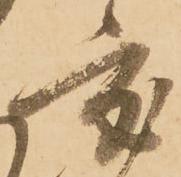
度